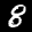
Label: 8